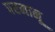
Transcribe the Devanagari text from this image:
परमानू